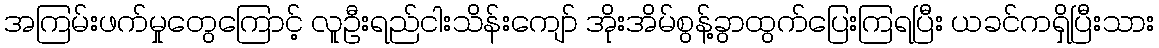
အကြမ်းဖက်မှုတွေကြောင့် လူဦးရည်ငါးသိန်းကျော် အိုးအိမ်စွန့်ခွာထွက်ပြေးကြရပြီး ယခင်ကရှိပြီးသား